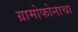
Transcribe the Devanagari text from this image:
ग्रामोफोनाचा